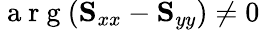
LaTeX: \mathrm{~a~r~g~}(\mathbf{S}_{xx}-\mathbf{S}_{yy})\neq 0